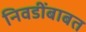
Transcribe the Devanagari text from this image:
निवडींबाबत